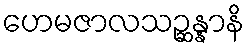
ဟေမဇာလသဉ္ဆန္နာနိ